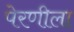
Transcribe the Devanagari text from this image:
पेरणीला